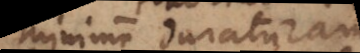
minime duraturam